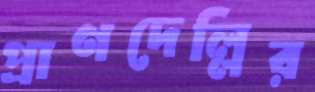
প্রাণদেল্লির